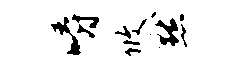
嚼攸默